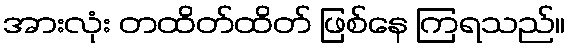
အားလုံး တထိတ်ထိတ် ဖြစ်နေ ကြရသည်။